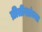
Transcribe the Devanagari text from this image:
ब्रीतीशांच्या